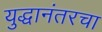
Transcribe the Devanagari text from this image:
युद्धानंतरचा